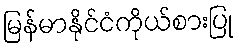
မြန်မာနိုင်ငံကိုယ်စားပြု